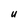
Character: U